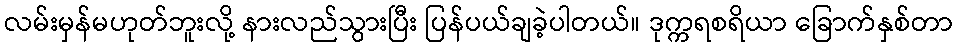
လမ်းမှန်မဟုတ်ဘူးလို့ နားလည်သွားပြီး ပြန်ပယ်ချခဲ့ပါတယ်။ ဒုက္ကရစရိယာ ခြောက်နှစ်တာ